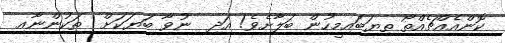
ކޮންއެއްޗެއްތޯ ތިޔަބައިމީހުން ބަލާށެވެ! އަދި  ނުވާ ބަޔަކަށް  ތަކުންނާއި